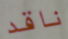
ناقد